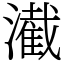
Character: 㵶